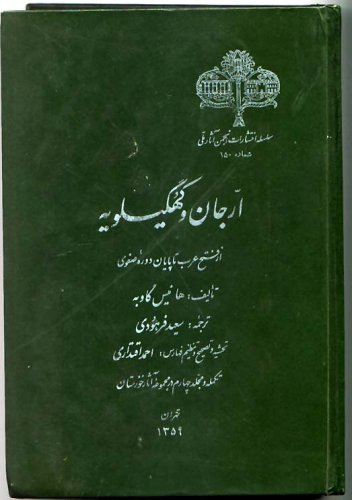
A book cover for Monuments and Historical Places in the Persian Gulf (in Farsi Language) (Volume 4); Ahmad Eqtedari; History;